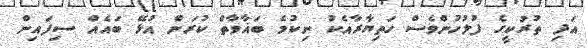
އަދި ތުރުކީގެ ފުލުހުންވެސް ހަތިޔާރާއެކު ނިކުމެ ބަޣާވާތް ކުރަން އުޅޭ ބައެއް ސިފައިން